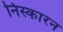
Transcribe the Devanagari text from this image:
निस्कारन